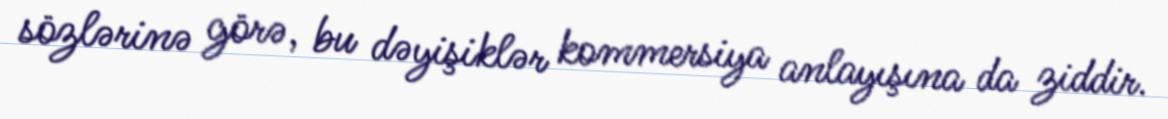
sözlərinə görə, bu dəyişiklər kommersiya anlayışına da ziddir.